Insane asylums Bombay 1873-77 - 1873-1877
Year: 1873
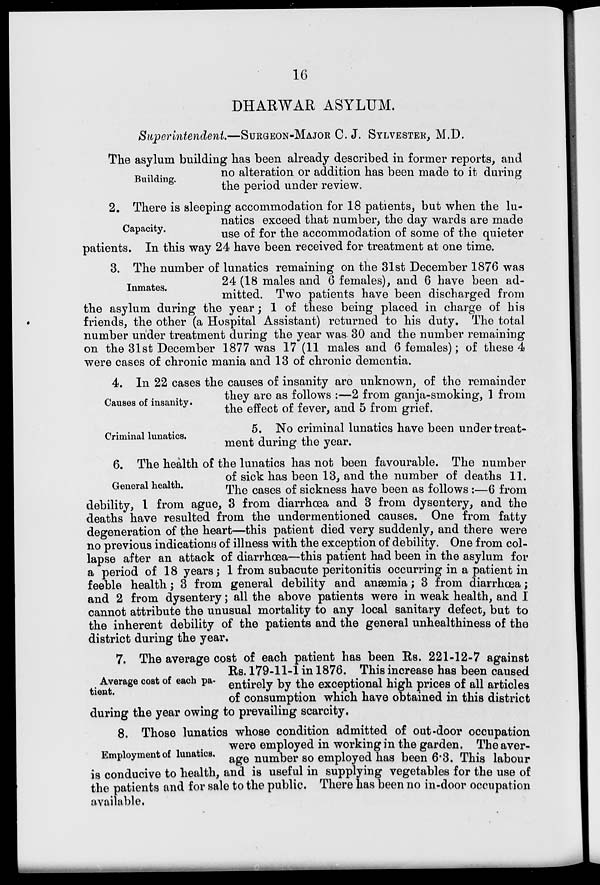
16
DHARWAR ASYLUM.
Superintendent.—SURGEON-MAJOR C. J. SYLVESTER, M.D.
Building.
The asylum building has been already described in former reports, and
no alteration or addition has been made to it during
the period under review.
Capacity.
2. There is sleeping accommodation for 18 patients, but when the lu-
natics exceed that number, the day wards are made
use of for the accommodation of some of the quieter
patients. In this way 24 have been received for treatment at one time.
Inmates.
3. The number of lunatics remaining on the 31st December 1876 was
24 (18 males and 6 females), and 6 have been ad-
mitted. Two patients have been discharged from
the asylum during the year ; 1 of these being placed in charge of his
friends, the other (a Hospital Assistant) returned to his duty. The total
number under treatment during the year was 30 and the number remaining
on the 31st December 1877 was 17 (11 males and 6 females); of these 4
were cases of chronic mania and 13 of chronic dementia.
Causes of insanity.
4. In 22 cases the causes of insanity are unknown, of the remainder
they are as follows :—2 from ganja-smoking, 1 from
the effect of fever, and 5 from grief.
Criminal lunatics.
5. No criminal lunatics have been under treat-
ment during the year.
General health.
6. The health of the lunatics has not been favourable. The number
of sick has been 13, and the number of deaths 11.
The cases of sickness have been as follows :—6 from
debility, 1 from ague, 3 from diarrhœa and 3 from dysentery, and the
deaths have resulted from the undermentioned causes. One from fatty
degeneration of the heart—this patient died very suddenly, and there were
no previous indications of illness with the exception of debility. One from col-
lapse after an attack of diarrhœa—this patient had been in the asylum for
a period of 18 years; 1 from subacute peritonitis occurring in a patient in
feeble health ; 3 from general debility and anæsmia; 3 from diarrhœa;
and 2 from dysentery; all the above patients were in weak health, and I
cannot attribute the unusual mortality to any local sanitary defect, but to
the inherent debility of the patients and the general unhealthiness of the
district during the year.
Average cost of each pa-
tient.
7. The average cost of each patient has been Rs. 221-12-7 against
Rs. 179-11-1 in 1876. This increase has been caused
entirely by the exceptional high prices of all articles
of consumption which have obtained in this district
during the year owing to prevailing scarcity.
Employment of lunatics.
8. Those lunatics whose condition admitted of out-door occupation
were employed in working in the garden. The aver-
age number so employed has been 6.3. This labour
is conducive to health, and is useful in supplying vegetables for the use of
the patients and for sale to the public. There has been no in-door occupation
available.